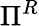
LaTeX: \Pi^{R}